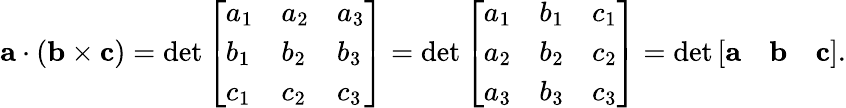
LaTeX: \mathbf{a}\cdot(\mathbf{b}\times\mathbf{c})=\operatorname*{det}{\left[\begin{array}{lll}{a_{1}}&{a_{2}}&{a_{3}}\\ {b_{1}}&{b_{2}}&{b_{3}}\\ {c_{1}}&{c_{2}}&{c_{3}}\end{array}\right]}=\operatorname*{det}{\left[\begin{array}{lll}{a_{1}}&{b_{1}}&{c_{1}}\\ {a_{2}}&{b_{2}}&{c_{2}}\\ {a_{3}}&{b_{3}}&{c_{3}}\end{array}\right]}=\operatorname*{det}{\left[\begin{array}{lll}{\mathbf{a}}&{\mathbf{b}}&{\mathbf{c}}\end{array}\right]}.